Indian Civil Veterinary Department memoirs
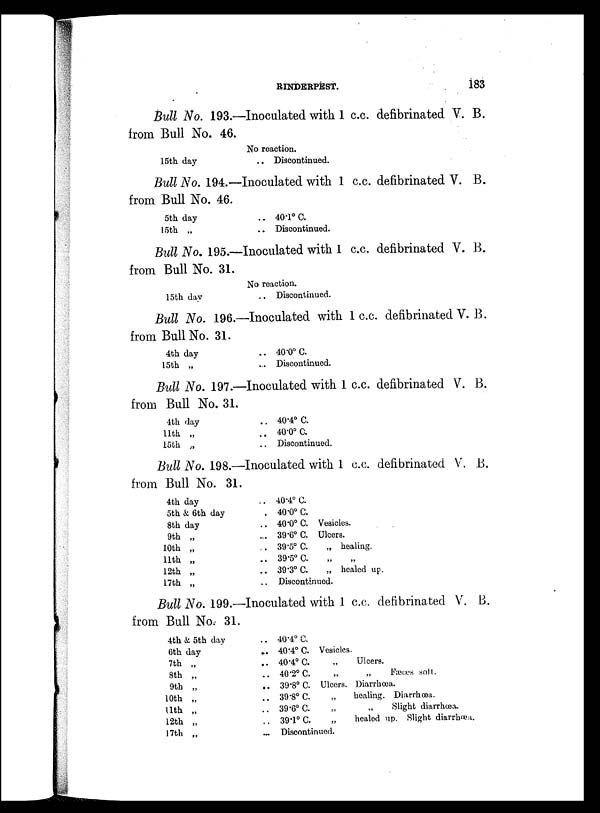
RINDERPEST.
183
Bull No. 193.—Inoculated with 1 c.c. defibrinated V. B.
from Bull No. 46.
15th day.
No reaction.
.. Discontinued.
Bull No. 194.—Inoculated with 1 c.c. defibrinated V. B.
from Bull No. 46.
5th day
15th „
.. 40.1º C.
.. Discontinued.
Bull No. 195.—Inoculated with 1 c.c. defibrinated V. B.
from Bull No. 31.
15th day
No reaction.
.. Discontinued.
Bull No. 196.—Inoculated with 1 c.c. defibrinated V. B.
from Bull No. 31.
4th day
15th „
.. 40.0º C.
.. Discontinued.
Bull No. 197.—Inoculated with 1 c.c. defibrinated V. B.
from Bull No. 31.
4th day
11th „
15th „
.. 40.4º C.
.. 40.0º C.
.. Discontinued.
Bull No. 198.—Inoculated with 1 c.c. defibrinated V. B.
from Bull No. 31.
4th day
5th & 6th day
8th day
9th „
10th „
11th „
12th „
17th „
.. 40.4º C.
.. 40.0º C.
.. 40.0º C. Vesicles.
.. 39.6º C. Ulcers.
.. 39.5º C.
„ healing.
.. 39.5º C. „ „
.. 39.3º C.
„ healed up.
.. Discontinued.
Bull No. 199.—Inoculated with 1 c.c. defibrinated V. B.
from Bull No. 31.
4th & 5th day
6th day
7th „
8th „
9th „
10th „
11th „
12th „
17th „
.. 40.4º C.
.. 40.4º C. Vesicles.
.. 40.4º C.
„
Ulcers.
.. 40.2º C.
„
„
Fæces soft.
.. 39.8º C. Ulcers. Diarrhœa.
.. 39.8º C. „
healing. Diarrhœa.
.. 39.6º C.
„
„
Slight diarrhœa.
.. 39.1º C.
„
healed up. Slight diarrhœa.
... Discontinued.